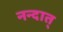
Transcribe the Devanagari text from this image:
नन्दात्